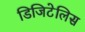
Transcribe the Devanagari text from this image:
डिजिटेलिस